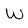
Character: W